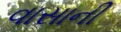
વાસાની